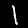
Label: 1